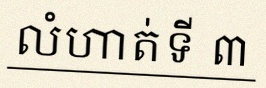
លំហាត់ទី ៣